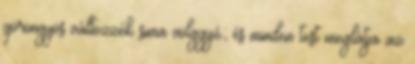
göröngyös változzék sima völggyé; és minden test meglátja az